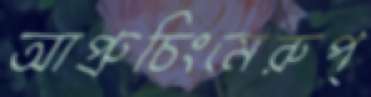
আপ্রুচিংমেরুপ্